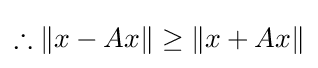
\therefore \|x-Ax\|\geq \|x+Ax\|